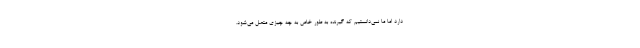
دارد اما ما نمی‌دانستیم که گیرنده‌ به طور خاص به چه چیزی متصل می‌شود.